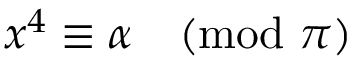
x ^ { 4 } \equiv \alpha { \pmod { \pi } }